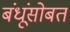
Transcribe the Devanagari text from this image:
बंधूंसोबत